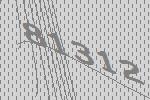
81312